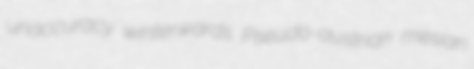
unaccuracy winterwards Pseudo-austrian mesian